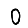
Digit: 0